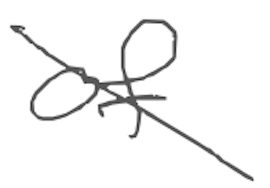
Text: of
Cross-out: diagonal
Writing tool: digital_gray